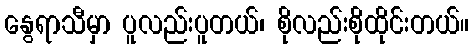
နွေရာသီမှာ ပူလည်းပူတယ်၊ စိုလည်းစိုထိုင်းတယ်။